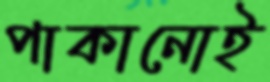
পাকানোই